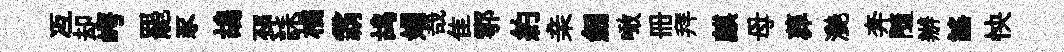
冱却崿罷豕鴣邳誄橘霸鸪娟哉隹鄠約亲劒噉册拜麒母葬灧奔隨辦謡怏